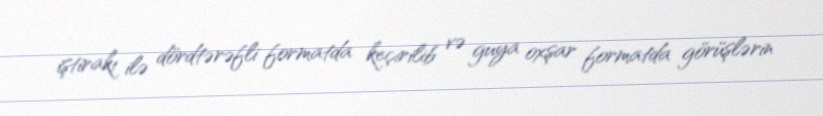
iştirakı ilə dördtərəfli formatda keçirilib və guya oxşar formatda görüşlərin